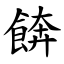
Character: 餴